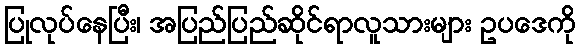
ပြုလုပ်နေပြီး၊ အပြည်ပြည်ဆိုင်ရာလူသားများ ဥပဒေကို